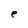
Character: e